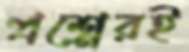
প্রশ্নেরই